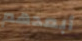
أبعدهم